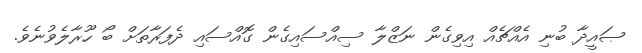
ޞައީދާ ބުނި އެއްޗެއް އިވިގެން ނަޒްލާ ސިއްސައިގެން ގޮއްސައި ދެފަރާތަށް ބޯ ހޫރާލެވުނެވެ.